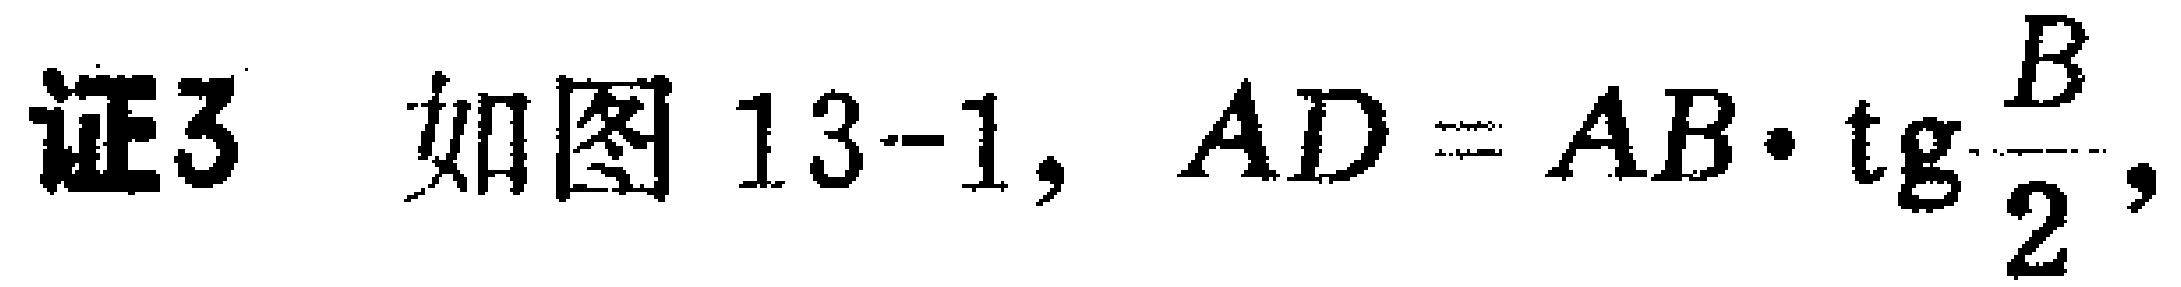
证3 如图13-1, \(AD = AB\cdot\mathrm{tg}\frac{B}{2}\),